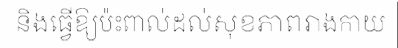
និងធ្វើឱ្យប៉ះពាល់ដល់សុខភាពរាងកាយ